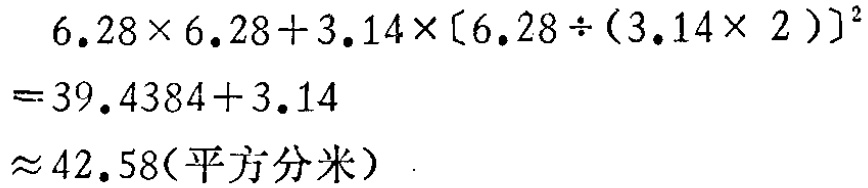
\[

\begin{align*}

&6.28\times6.28 + 3.14\times[6.28\div(3.14\times2)]^{2}\\

=&39.4384 + 3.14\\

\approx&42.58(\text{平方分米})

\end{align*}

\]